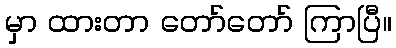
မှာ ထားတာ တော်တော် ကြာပြီ။